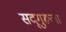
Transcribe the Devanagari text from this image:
सद्‌गुरूला